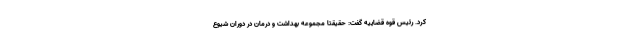
کرد. رئیس قوه قضاییه گفت: حقیقتاً مجموعه بهداشت و درمان در دوران شیوع